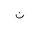
Letter: _non